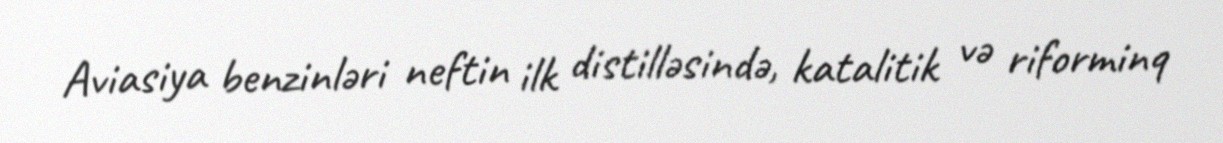
Aviasiya benzinləri neftin ilk distilləsində, katalitik və riforminq